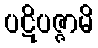
ပဋိပဇ္ဇာမိ